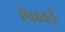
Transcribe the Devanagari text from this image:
ऐकायची